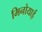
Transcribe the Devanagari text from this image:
मिनोयाई